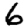
Digit: 6